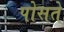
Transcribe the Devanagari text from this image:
पोसते